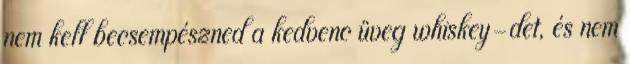
nem kell becsempészned a kedvenc üveg whiskey-det, és nem